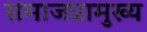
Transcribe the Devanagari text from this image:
समाजप्रामुख्य